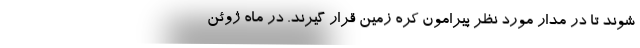
شوند تا در مدار مورد نظر پیرامون کره زمین قرار گیرند. در ماه ژوئن